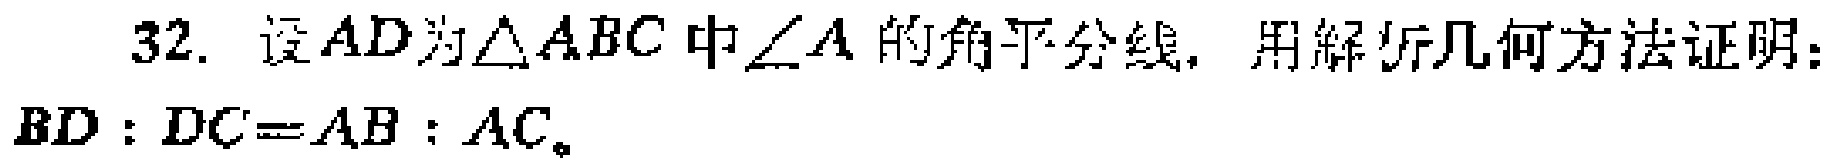
32. 设 \(AD\) 为 \(\triangle ABC\) 中 \(\angle A\) 的角平分线，用解析几何方法证明：\(BD:DC = AB:AC\)。